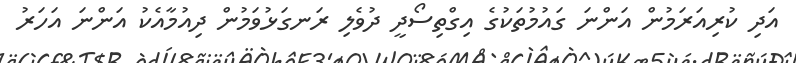
އަދި ކުރިއަރަމުން އަންނަ ގައުމުތަކުގެ އިގްތިސޯދީ ދުވެލި ރަނގަޅުވަމުން ދިއުމާއެކު އަންނަ އަހަރު